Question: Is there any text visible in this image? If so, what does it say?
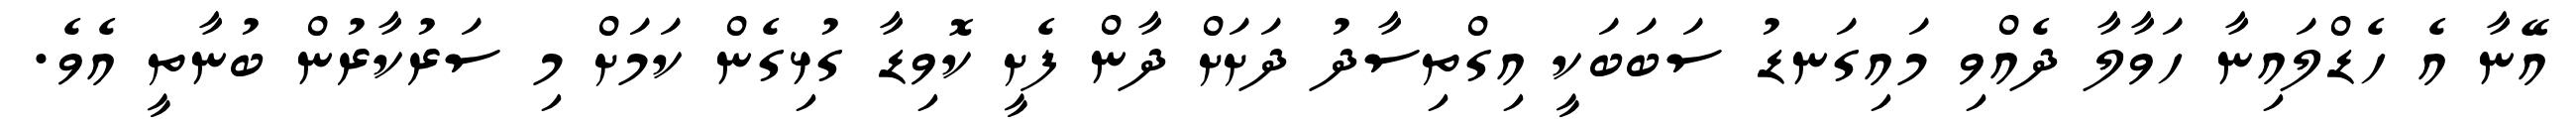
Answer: އޭނާ އެ ހެޑްލައިނާ ހަވާލާ ދެއްވި މައިގަނޑު ސަބަބަކީ އިގްތިސާދު ދަށަށް ދާން ފެށީ ކޮވިޑާ ގުޅިގެން ކަމަށް މި ސަރުކާރުން ބުނާތީ އެވެ.